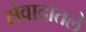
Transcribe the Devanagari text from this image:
संवादातले